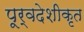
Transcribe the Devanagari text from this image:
पूर्वदेशीकृत